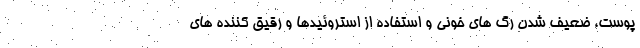
پوست، ضعیف شدن رگ های خونی و استفاده از استروئیدها و رقیق کننده های